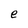
Character: e